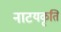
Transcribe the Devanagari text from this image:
नाटयकृति